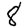
Digit: 8